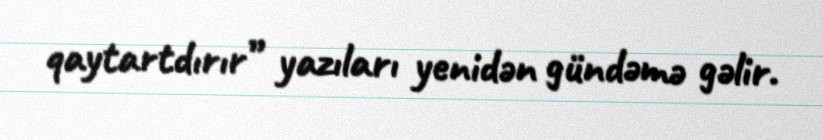
qaytartdırır” yazıları yenidən gündəmə gəlir.